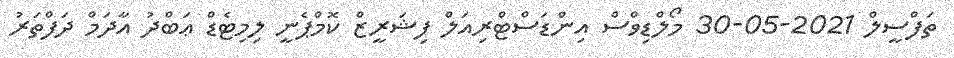
ތަފްސީލް 2021-05-30 މޯލްޑިވްސް އިންޑަސްޓްރިއަލް ފިޝަރީޒް ކޮމްޕެނީ ލިމިޓެޑް ޢަބްދު އާދަމް ދަފްތަރު